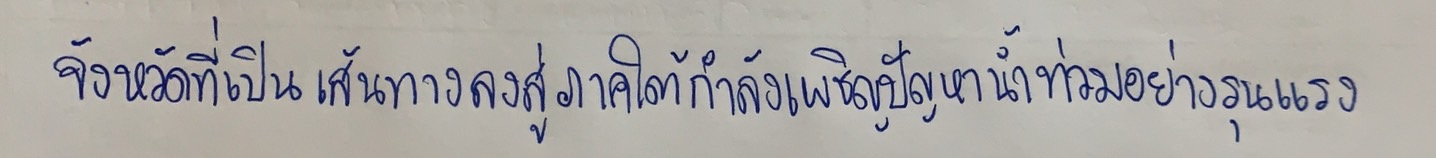
จังหวัดที่เป็นเส้นทางลงสู่ภาคใต้กำลังเผชิญกับปัญหาน้ำท่วมอย่างรุนแรง